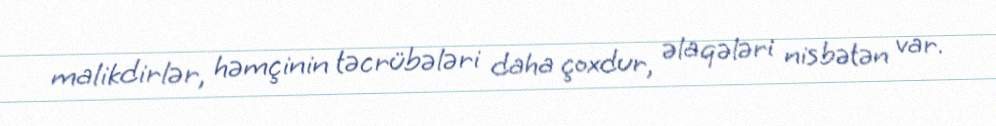
malikdirlər, həmçinin təcrübələri daha çoxdur, əlaqələri nisbətən var.